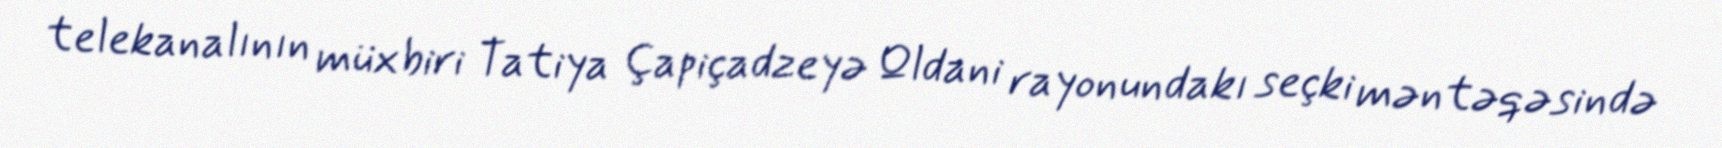
telekanalının müxbiri Tatiya Çapiçadzeyə Qldani rayonundakı seçki məntəqəsində